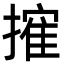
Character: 㩁